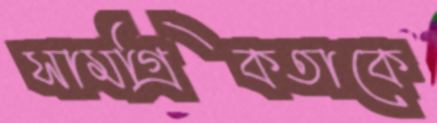
সামগ্রিকতাকে